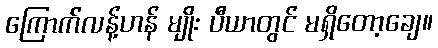
ကြောက်လန့်ဟန် မျိုး ပီယာတွင် မရှိတော့ချေ။